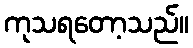
ကုသရတော့သည်။